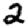
Digit: 2